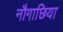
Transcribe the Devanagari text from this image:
नौगाछिया